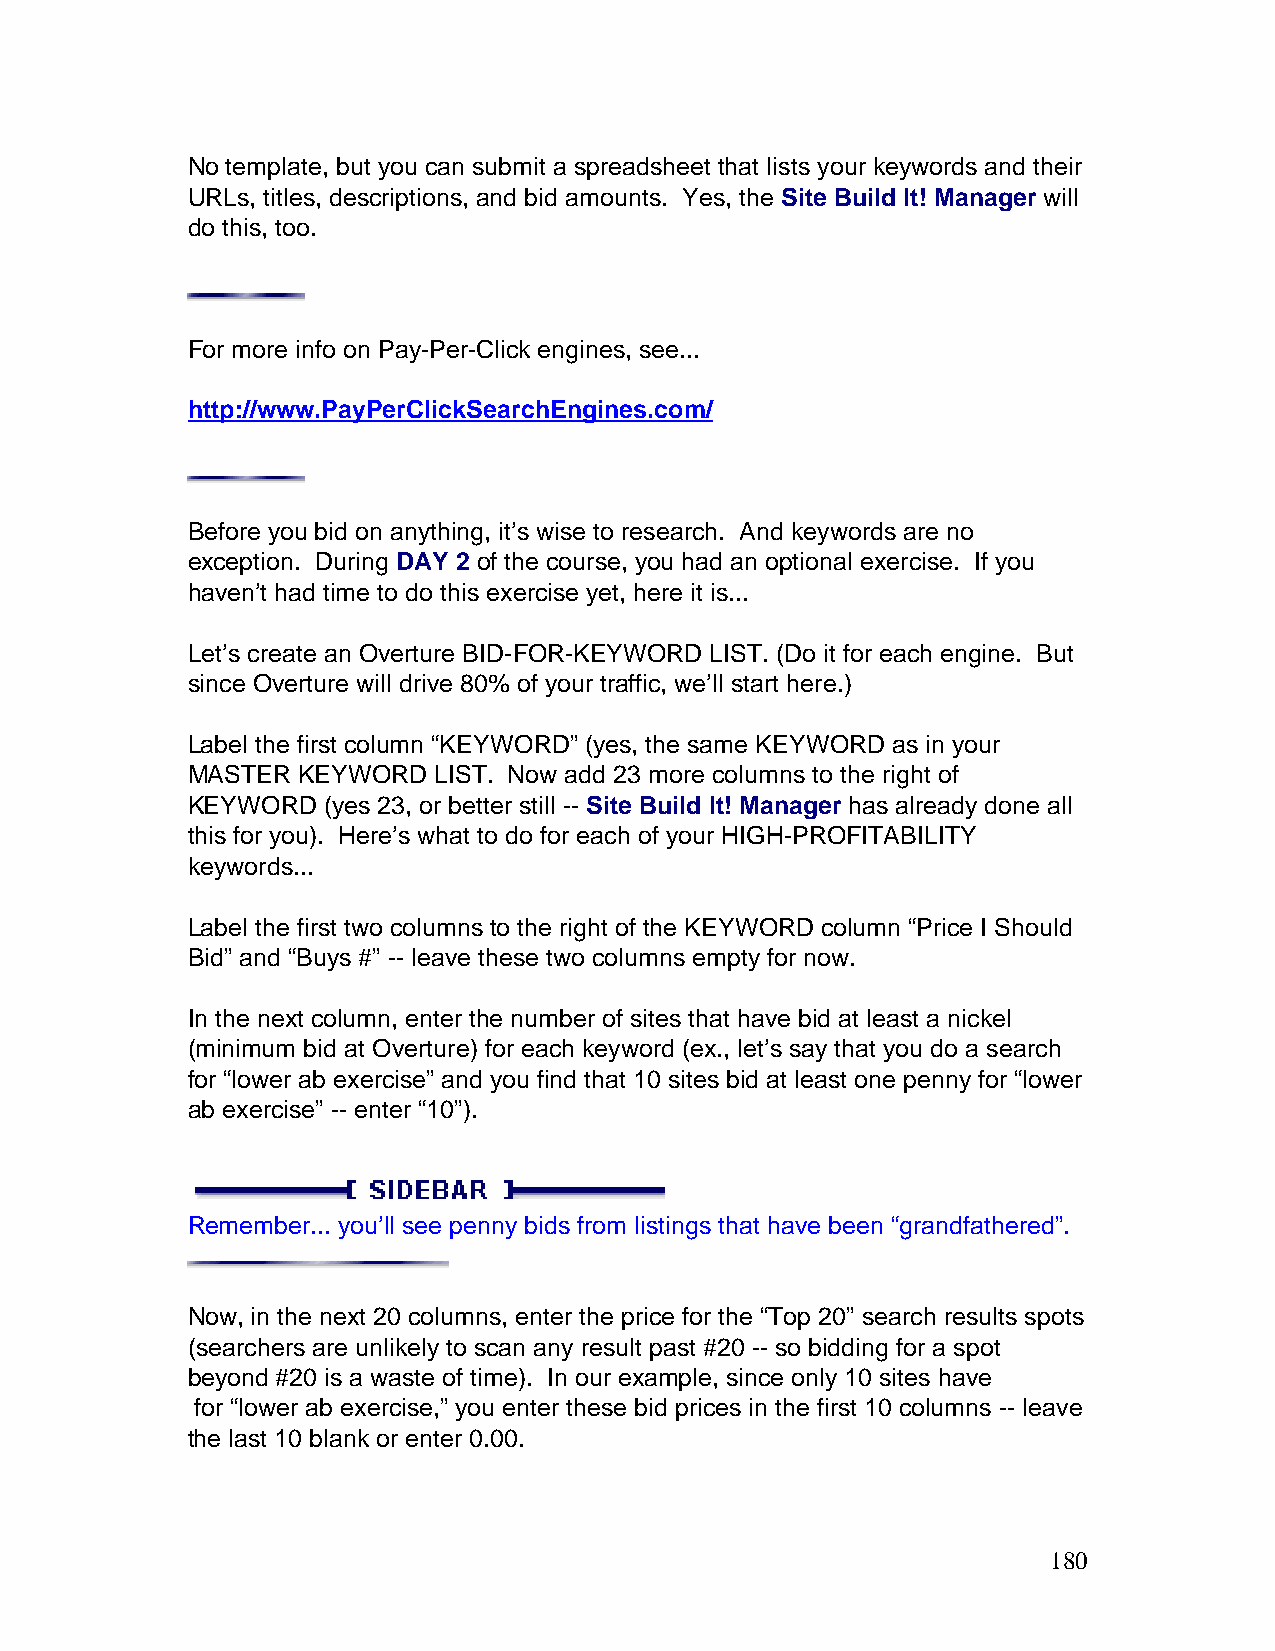
No template, but you can submit a spreadsheet that lists your keywords and their
 URLs, titles, descriptions, and bid amounts. Yes, the Site Build It! Manager will
 do this, too.
 For more info on Pay-Per-Click engines, see...
 http://www.PayPerClickSearchEngines.com/
 Before you bid on anything, it’s wise to research. And keywords are no
 exception. During DAY 2 of the course, you had an optional exercise. If you
 haven’t had time to do this exercise yet, here it is...
 Let’s create an Overture BID-FOR-KEYWORD LIST. (Do it for each engine. But
 since Overture will drive 80% of your traffic, we’ll start here.)
 Label the first column “KEYWORD” (yes, the same KEYWORD as in your
 MASTER  KEYWORD  LIST. Now add 23 more columns to the right of
 KEYWORD  (yes 23, or better still -- Site Build It! Manager has already done all
 this for you). Here’s what to do for each of your HIGH-PROFITABILITY
 keywords...
 Label the first two columns to the right of the KEYWORD column “Price I Should
 Bid” and “Buys #” -- leave these two columns empty for now.
 In the next column, enter the number of sites that have bid at least a nickel
 (minimum bid at Overture) for each keyword (ex., let’s say that you do a search
 for “lower ab exercise” and you find that 10 sites bid at least one penny for “lower
 ab exercise” -- enter “10”).
 Remember... you’ll see penny bids from listings that have been “grandfathered”.
 Now, in the next 20 columns, enter the price for the “Top 20” search results spots
 (searchers are unlikely to scan any result past #20 -- so bidding for a spot
 beyond #20 is a waste of time). In our example, since only 10 sites have
 for “lower ab exercise,” you enter these bid prices in the first 10 columns -- leave
 the last 10 blank or enter 0.00.
 180